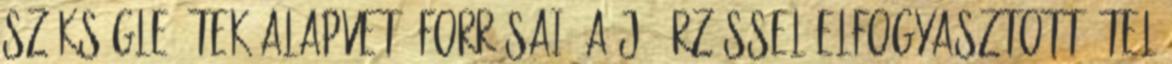
szükségle- tek alapvető forrásai. A jó érzéssel elfogyasztott étel